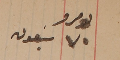
نومرو ٧٠ سبعون